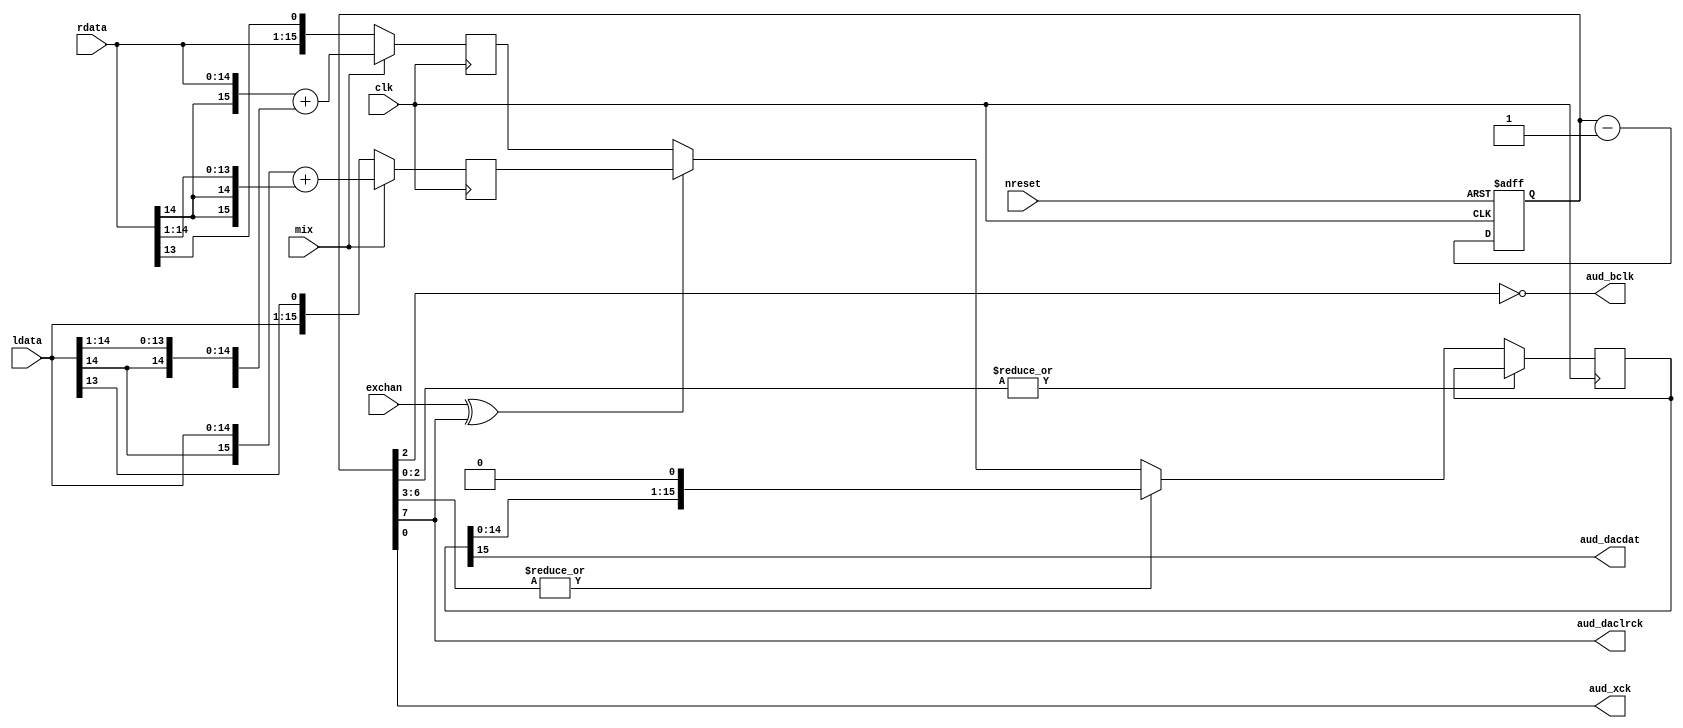
// This program was cloned from: https://github.com/rkrajnc/minimig-mist
// License: GNU General Public License v3.0

/* audio_shifter.v */


module audio_shifter(
  input  wire           clk,    //32MHz
  input  wire           nreset,
  input  wire           mix,
  input  wire [ 15-1:0] rdata,
  input  wire [ 15-1:0] ldata,
  input  wire           exchan,
  output wire           aud_bclk,
  output wire           aud_daclrck,
  output wire           aud_dacdat,
  output wire           aud_xck
);


//// L-R mixer ////

wire [ 16-1:0] rdata_mix;
wire [ 16-1:0] ldata_mix;

assign rdata_mix = {rdata[14], rdata} + {{2{ldata[14]}}, ldata[14:1]};
assign ldata_mix = {ldata[14], ldata} + {{2{rdata[14]}}, rdata[14:1]};

// data mux
reg [16-1:0] rdata_mux;
reg [16-1:0] ldata_mux;

always @ (posedge clk) begin
  rdata_mux <= #1 (mix) ? rdata_mix : {rdata, rdata[13]};
  ldata_mux <= #1 (mix) ? ldata_mix : {ldata, ldata[13]};
end


//// audio output shifter ////

reg  [  9-1:0] shiftcnt;
reg  [ 16-1:0] shift;

always @(posedge clk, negedge nreset) begin
  if(~nreset)
    shiftcnt <= 9'd0;
  else
    shiftcnt <= shiftcnt - 9'd1;
end

always @ (posedge clk) begin
  if(~|shiftcnt[2:0]) begin
    if (~|shiftcnt[6:3])
      shift <= #1 (exchan ^ shiftcnt[7]) ? ldata_mux : rdata_mux;
    else
      shift <= #1 {shift[14:0], 1'b0};
  end
end


//// output ////
assign aud_daclrck = shiftcnt[7];
assign aud_bclk    = ~shiftcnt[2];
assign aud_xck     = shiftcnt[0];
assign aud_dacdat  = shift[15];


endmodule